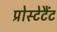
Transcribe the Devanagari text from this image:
प्रोस्टेटैंट